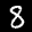
Digit: 8